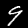
Label: 9